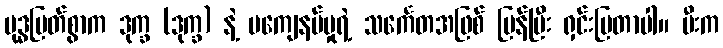
ဗုဒ္ဓမြတ်စွာက ဒုက္ခ (ဒုက္ခ) နဲ့ မကျေနပ်မှုရဲ့ သင်္ကေတအဖြစ် ပြန်ပြီး ရှင်းပြတာပါ။ မီးက